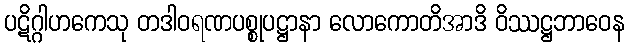
ပဋိဂ္ဂါဟကေသု တဒါဝရဏပစ္စုပဋ္ဌာနာ လောကောတိအာဒိ ဝိဿဋ္ဌဘာဝေန